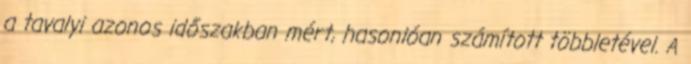
a tavalyi azonos időszakban mért, hasonlóan számított többletével. A